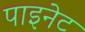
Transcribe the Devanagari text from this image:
पाइनेट